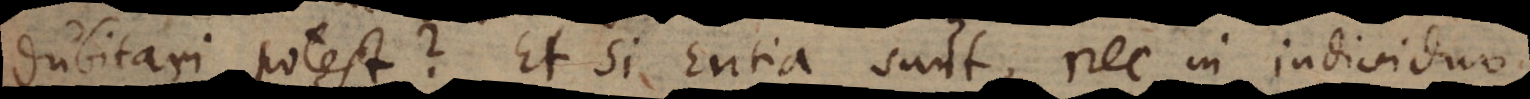
dubitari potest? Et si Entia sunt, nec in individuo